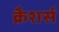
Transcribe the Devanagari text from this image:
क्रैशर्स